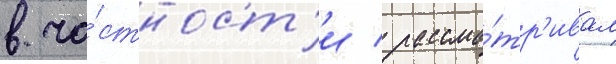
в ча́стност'и / рассма́тр'ивал